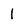
Character: 1